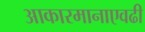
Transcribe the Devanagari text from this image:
आकारमानाएवढी